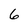
Character: 6